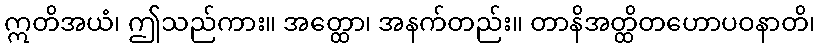
ဣတိအယံ၊ ဤသည်ကား။ အတ္ထော၊ အနက်တည်း။ တာနိအတ္ထိတဟောပဝနာတိ၊